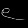
Digit: ၉